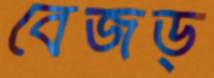
বেজড্